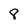
Character: 8